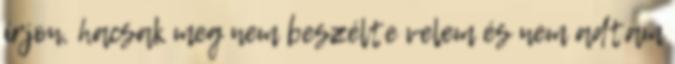
írjon, hacsak meg nem beszélte velem és nem adtam